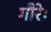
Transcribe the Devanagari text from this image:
गौरेः